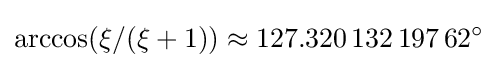
\arccos(\xi /(\xi +1))\approx 127.320\,132\,197\,62^{\circ }